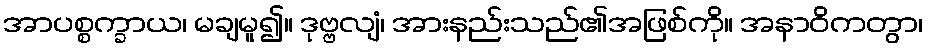
အာပစ္စက္ခာယ၊ မချမူ၍။ ဒုဗ္ဗလျံ၊ အားနည်းသည်၏အဖြစ်ကို။ အနာဝိကတွာ၊